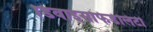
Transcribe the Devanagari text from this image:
डिवाइसफिडेलिटी